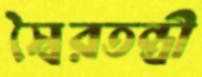
স্বৈরতন্ত্রী